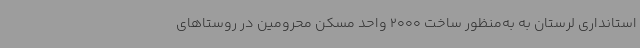
استانداری لرستان به به‌منظور ساخت 2000 واحد مسکن محرومین در روستاهای